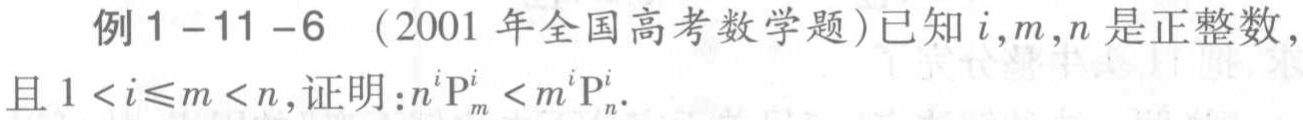
例1-11-6 （2001年全国高考数学题）已知\(i,m,n\)是正整数，且\(1 < i\leqslant m < n\)，证明：\(n^{i}\mathrm{P}_{m}^{i}<m^{i}\mathrm{P}_{n}^{i}\)。